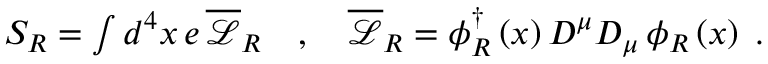
\begin{array} { r } { S _ { R } = \int d ^ { 4 } x \, e \, \overline { { \mathcal { L } } } _ { R } \quad , \quad \overline { { \mathcal { L } } } _ { R } = \phi _ { R } ^ { \dag } \left( x \right) D ^ { \mu } D _ { \mu } \, \phi _ { R } \left( x \right) \; . } \end{array}